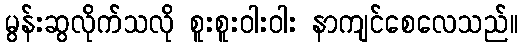
မွန်းဆွလိုက်သလို စူးစူးဝါးဝါး နာကျင်စေလေသည်။